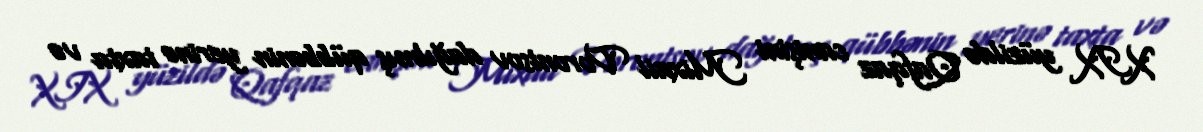
XIX yüzildə Qafqaz canişini Mixail Vorontsov dağılmış qübbənin yerinə taxta və